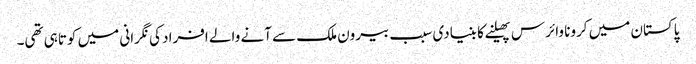
پاکستان میں کرونا وائرس پھیلنے کا بنیادی سبب بیرون ملک سے آنے والے افراد کی نگرانی میں کوتاہی تھی۔